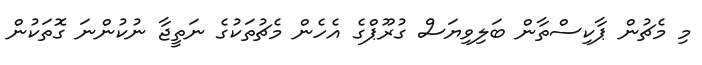
މި މެޗުން ޕާކިސްތާން ބަލިވިޔަސް ގުރޫޕްގެ އެހެން މެޗުތަކުގެ ނަތީޖާ ނުކުންނަ ގޮތަކުން